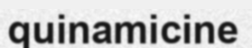
quinamicine